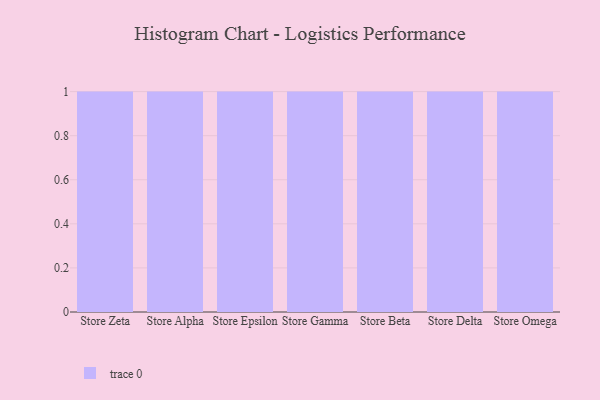
{"axis": {"x": "Store", "y": "Conversion Rate (%)"}, "legend": [""], "data": [{"x": "Store Zeta", "y": 51, "type": ""}, {"x": "Store Alpha", "y": 49, "type": ""}, {"x": "Store Epsilon", "y": 1, "type": ""}, {"x": "Store Gamma", "y": 99, "type": ""}, {"x": "Store Beta", "y": 86, "type": ""}, {"x": "Store Delta", "y": 40, "type": ""}, {"x": "Store Omega", "y": 58, "type": ""}]}